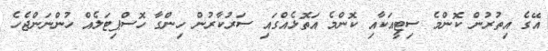
އޭގެ އިތުރުން ކޮންމެ ސިޓީއަކާއި ކޮންމެ އަތޮޅެއްގައި ސަރުކާރުން ހިންގާ ހޮސްޕިޓަލެއް ހުންނަންޖެހެ